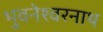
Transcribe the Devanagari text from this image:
भुवनेश्‍वरनाथ